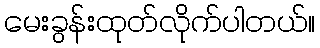
မေးခွန်းထုတ်လိုက်ပါတယ်။